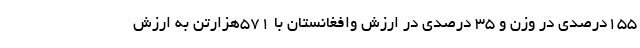
155درصدی در وزن و 35 درصدی در ارزش وافغانستان با 571هزارتن به ارزش